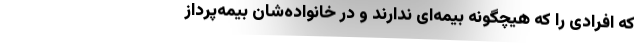
که افرادی را که هیچگونه بیمه‌ای ندارند و در خانواده‌شان بیمه‌پرداز